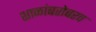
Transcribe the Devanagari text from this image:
शाळांबरोबरच